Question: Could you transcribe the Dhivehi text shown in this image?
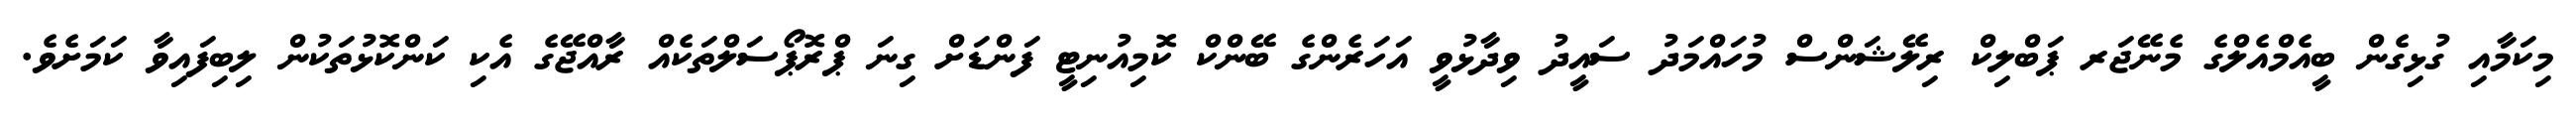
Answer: މިކަމާއި ގުޅިގެން ބީއެމްއެލްގެ މެނޭޖަރ ޕަބްލިކް ރިލޭޝަންސް މުހައްމަދު ސައީދު ވިދާޅުވީ އަހަރެންގެ ބޭންކް ކޮމިއުނިޓީ ފަންޑަށް ގިނަ ޕްރޮޕޯސަލްތަކެއް ރާއްޖޭގެ އެކި ކަންކޮޅުތަކުން ލިބިފައިވާ ކަމަށެވެ.